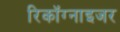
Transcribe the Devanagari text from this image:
रिकॉग्नाइजर